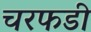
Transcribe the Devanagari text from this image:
चरफडी